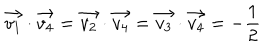
\vec { v _ { 1 } } \cdot \vec { v _ { 4 } } = \vec { v _ { 2 } } \cdot \vec { v _ { 4 } } = \vec { v _ { 3 } } \cdot \vec { v _ { 4 } } = - \frac { 1 } { 2 }